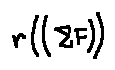
r ( ( \sum F ) )